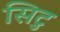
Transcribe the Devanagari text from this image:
सिटु